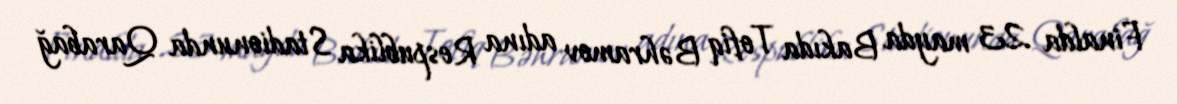
Finalda 23 mayda Bakıda Tofiq Bəhramov adına Respublika Stadionunda Qarabağ